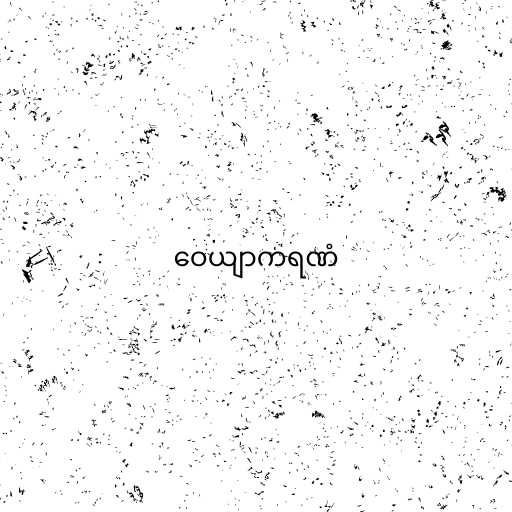
ဝေယျာကရဏံ